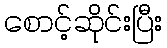
စောင့်ဆိုင်းပြီး